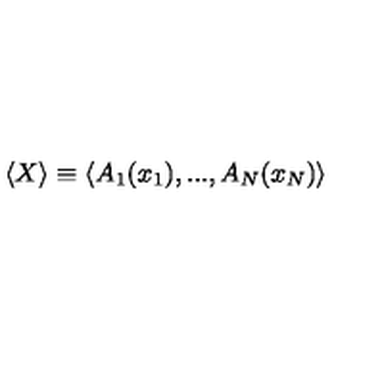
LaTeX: \langle X \rangle \equiv \langle A _ { 1 } ( x _ { 1 } ) , . . . , A _ { N } ( x _ { N } ) \rangle